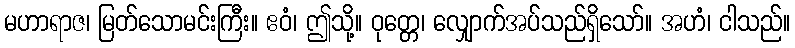
မဟာရာဇ၊ မြတ်သောမင်းကြီး။ ဧဝံ၊ ဤသို့။ ဝုတ္တေ၊ လျှောက်အပ်သည်ရှိသော်။ အဟံ၊ ငါသည်။